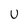
Character: U